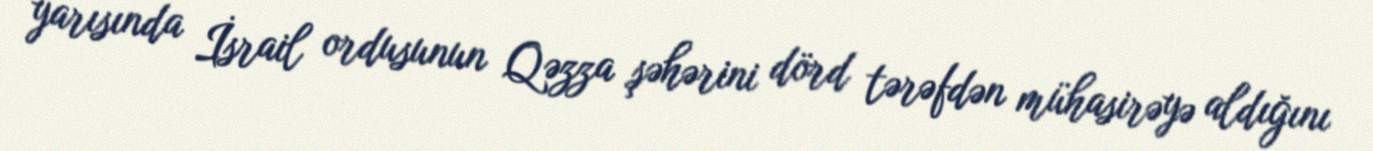
yarısında İsrail ordusunun Qəzza şəhərini dörd tərəfdən mühasirəyə aldığını